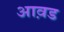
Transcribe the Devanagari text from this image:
आव़ड